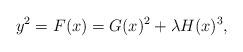
LaTeX: \begin{align*}y^2 = F(x) = G(x)^2 + \lambda H(x)^3,\end{align*}